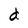
Character: d